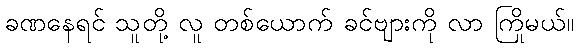
ခဏနေရင် သူတို့ လူ တစ်ယောက် ခင်ဗျားကို လာ ကြိုမယ်။